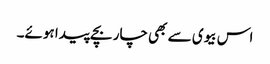
اس بیوی سے بھی چار بچے پیدا ہوئے۔